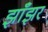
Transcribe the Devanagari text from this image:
झाँझर